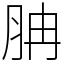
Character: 䏥